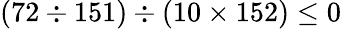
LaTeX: (72\div 151)\div(10\times 152)\leq 0